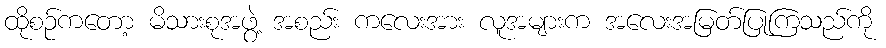
ထိုစဉ်ကတော့ မိသားစုအဖွဲ့ အစည်း ကလေးအား လူအများက အလေးအမြတ်ပြုကြသည်ကို